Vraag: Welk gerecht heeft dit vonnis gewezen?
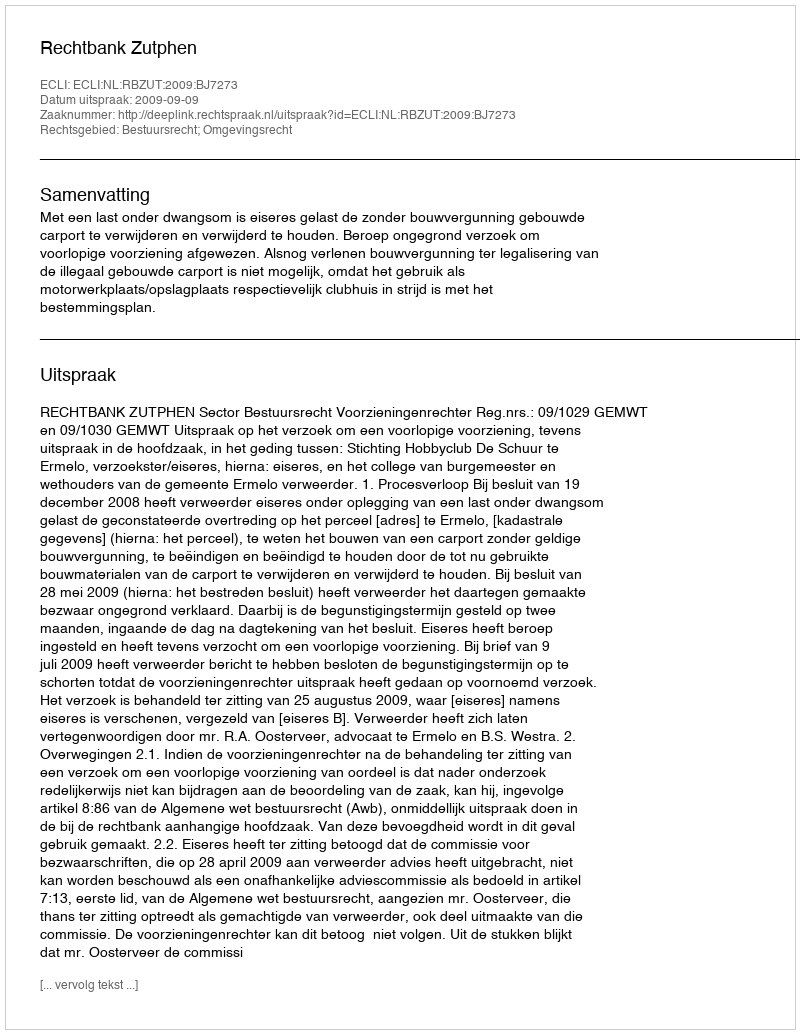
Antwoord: Rechtbank Zutphen